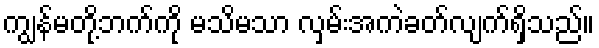
ကျွန်မတို့ဘက်ကို မသိမသာ လှမ်းအကဲခတ်လျက်ရှိသည်။